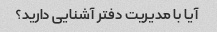
آیا با مدیریت دفتر آشنایی دارید؟